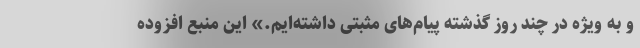
و به ویژه در چند روز گذشته پیام‌های مثبتی داشته‌ایم.» این منبع افزوده